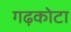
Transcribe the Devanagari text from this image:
गढ़कोटा